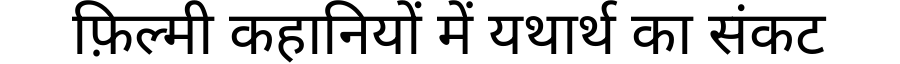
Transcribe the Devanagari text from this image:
फ़िल्मी कहानियों में यथार्थ का संकट